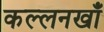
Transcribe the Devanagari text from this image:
कल्लनखाँ